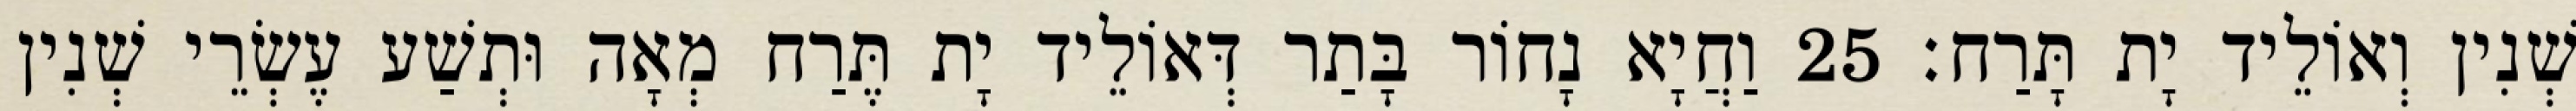
שְׁנִין וְאוֹלֵיד יָת תָּרַח׃ 25 וַחֲיָא נָחוֹר בָּתַר דְּאוֹלֵיד יָת תֶּרַח מְאָה וּתְשַׁע עֶשְׂרֵי שְׁנִין